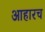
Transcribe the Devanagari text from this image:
आहारच